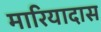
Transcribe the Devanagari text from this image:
मारियादास